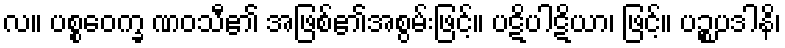
လ။ ပစ္စဝေက္ခ ဏဝသီ၏ အဖြစ်၏အစွမ်းဖြင့်။ ပဋိပါဋိယာ၊ ဖြင့်။ ပဉ္စပဒါနိ၊